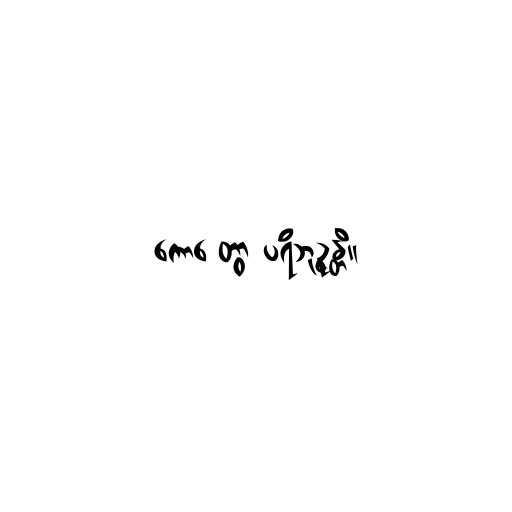
ကောဋ္ဋေတွာ ပရိဘုဉ္ဇန္တိ။